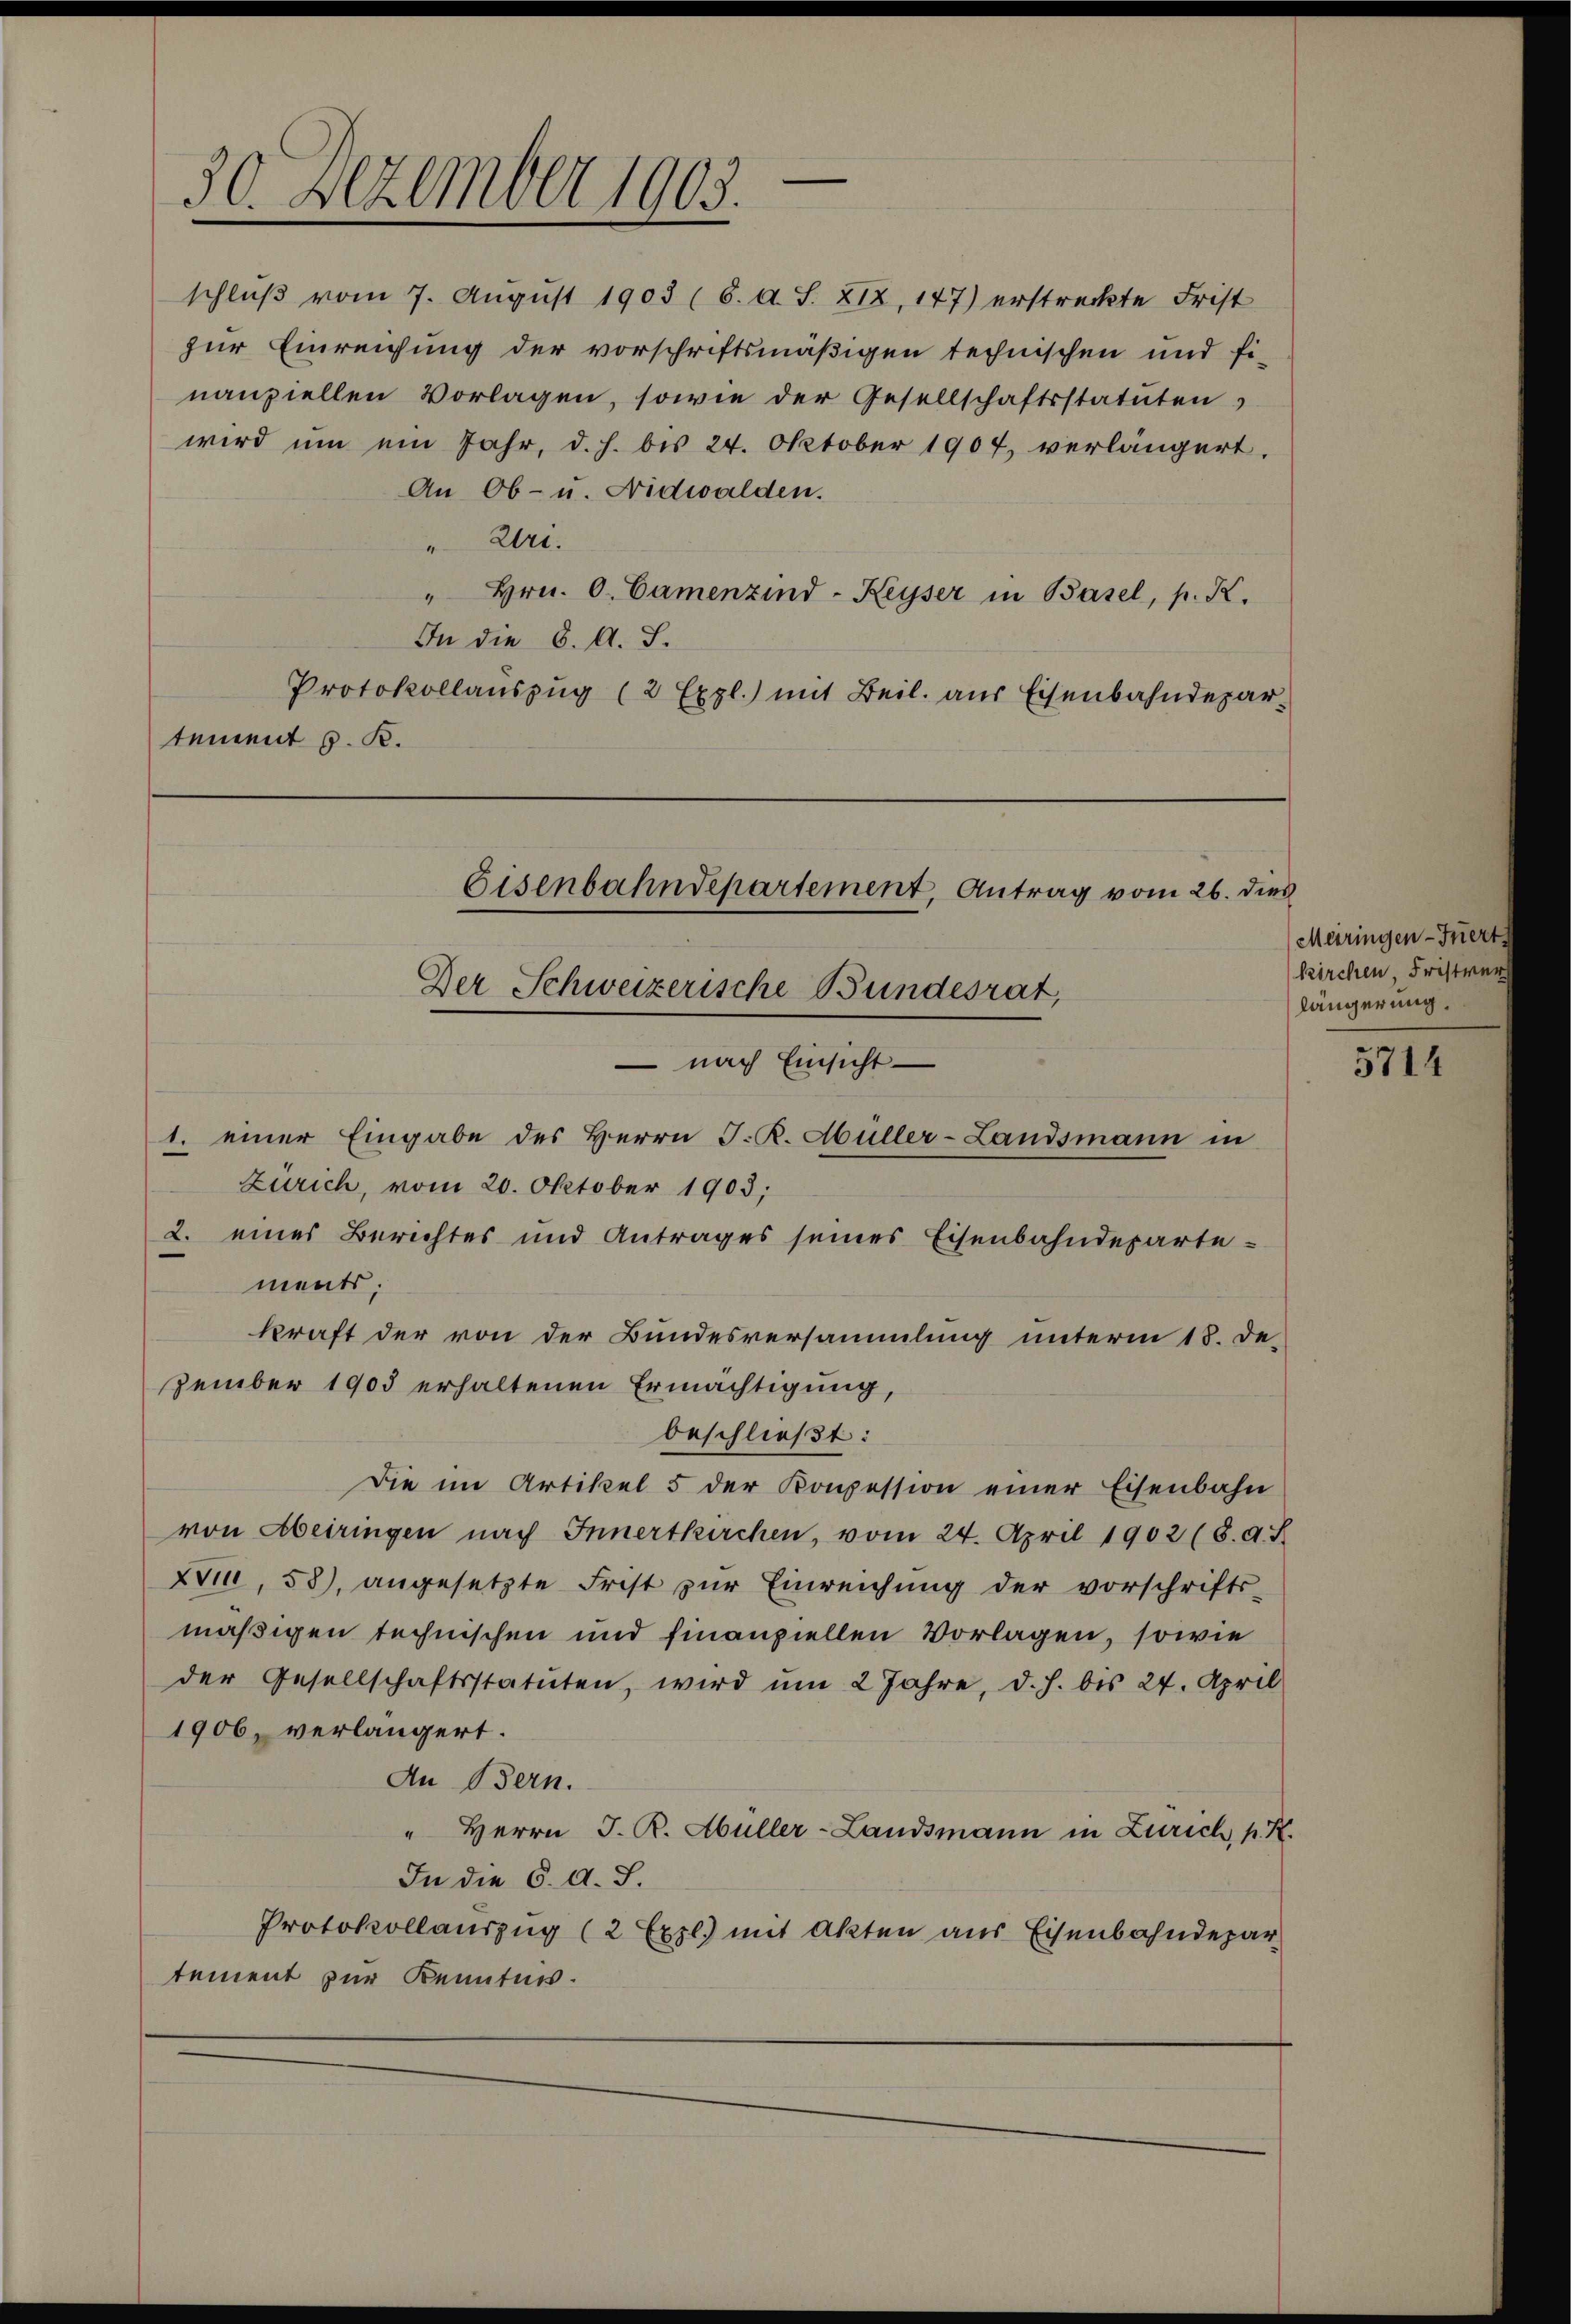
30. Dezember 1903.

schluß vom 7. August 1903 (6. d. S. 212, 147) erstreckte Frist
zur Einreichung der vorschriftsmäßigen technischen und fi-
nanziellen Vorlagen, sowie der Gesellschaftsstatuten
wird um ein Jahr, d. h. bis 24. Oktober 1907, verlängert.
An Ob- u. Nidwalden.
"Uri.
" Hrn. O. Camenzind-Keyser in Basel, p. K.
In die 8. A. S.
Protokollaŭszŭg (2 Expl.) mit Beil. aus Eisenbahndepar-
tement z. B.

Eisenbahndepartement, Antrag vom 26. dies
Der Schweizerische Bundesrat,
 nach Einsicht

1. einer Eingabe des Herrn J. R. Müller-Landsmann in
Zürich, vom 20. Oktober 1903;
2. eines Berichtes und Antrages seines Eisenbahndeparte-
ments;
kraft der von der Bundesversammlung unterm 18. De-
zember 1903 erhaltenen Ermächtigung,
beschließt:
Die im Artikel 5 der Konzession einer Eisenbahn
von Abeiringen nach Innertkirchen, vom 24. April 1902 (8. 48
Xin, 58), angesetzte Frist zŭr Einreichung der vorschrifts-
mäßigen technischen und finanziellen Vorlagen, sowie
der Gesellschaftsstatuten, wird um 2 Jahre, d. h. bis 24. April
1906, verlängert.
An Bern.
" Herrn J. R. Müller-Landsmann in Zürich, p. K.
In die 6. d. J.
Protokollauszug (2 Expl.) mit Akten aus Eisenbahndepar
tement zur Kenntnis.

(Meiringen - Inner
kirchen, dr
längerung.

5714